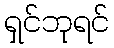
ရှင်ဘုရင်